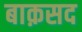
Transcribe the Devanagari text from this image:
बाक़सद